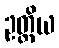
ဥတ္တိယ